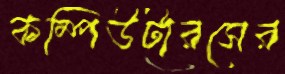
কম্পিউটারসের